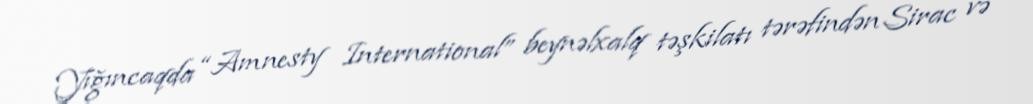
Yığıncaqda “Amnesty International” beynəlxalq təşkilatı tərəfindən Sirac və